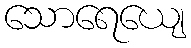
သောရေယျေ